Civil Veterinary Department Bengal reports 1933-51 - 1933-1951
Year: 1933
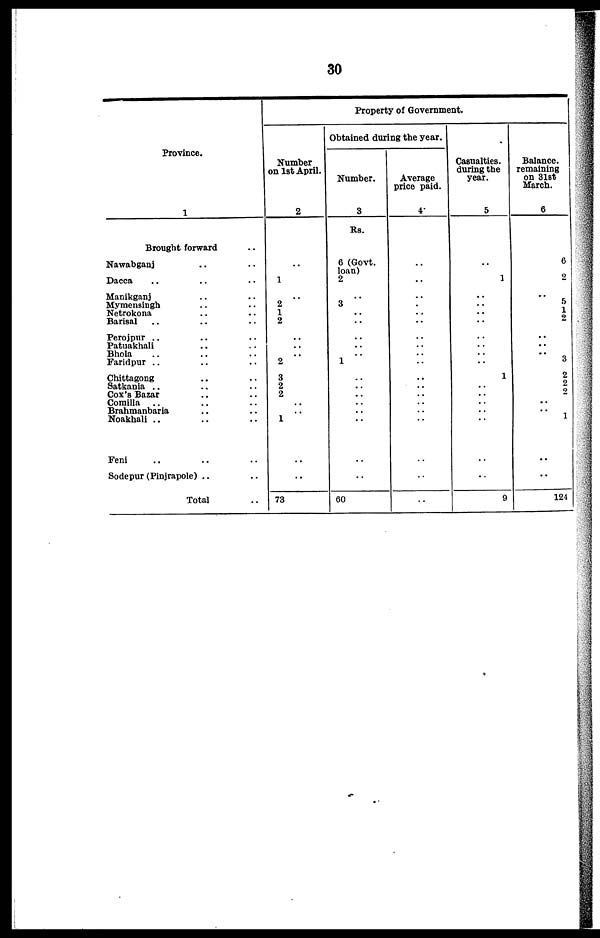
30
Province.
1
Brought forward ..
Nawabganj .. ..
Dacca .. .. ..
Manikganj .. ..
Mymensingh .. ..
Netrokona .. ..
Barisal .. .. ..
Perojpur .. .. ..
Patuakhali .. ..
Bhola .. .. ..
Faridpur .. .. ..
Chittagong .. ..
Satkania .. .. ..
Cox's Bazar
Comilla .. .. ..
Brahmanbaria .. ..
Noakhali .. .. ..
Feni .. .. ..
Sodepur (Pinjrapole) .. ..
Total ..
Property of Government.
Number
on 1st April.
2
..
1
..
2
1
2
..
..
.. 2
3
2
2
..
.. 1
..
..
73
Obtained during the year.
Number.
3
Rs.
6 (Govt.
loan)
2
..
3
..
..
..
..
.. 1
..
..
..
..
..
..
..
..
60
Average
price paid.
4
..
..
..
.
..
..
..
..
..
..
..
..
..
..
..
..
..
..
..
Casualties.
during the
year.
5
..
1
..
..
..
..
..
..
..
..
1
..
..
..
..
..
..
..
9
Balance.
remaining
on 31st
March.
6
6
2
..
5
1
2
..
..
..
3
2
2
2
..
..
1
..
..
124